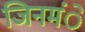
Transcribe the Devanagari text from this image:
जिनमंे